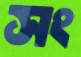
সং